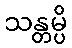
သန္တမ္ပိ